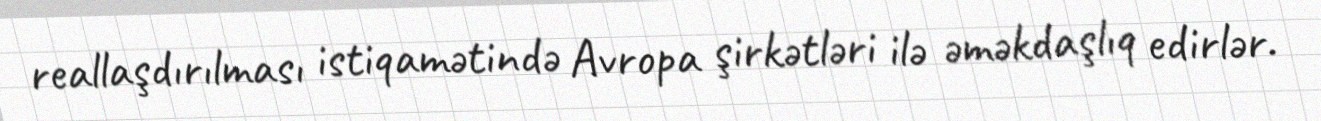
reallaşdırılması istiqamətində Avropa şirkətləri ilə əməkdaşlıq edirlər.